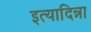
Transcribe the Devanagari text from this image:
इत्यादिन्ना